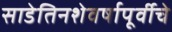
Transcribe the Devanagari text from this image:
साडेतिनशेवर्षापूर्वीचे